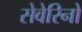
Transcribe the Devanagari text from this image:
सेवेरिनो